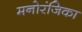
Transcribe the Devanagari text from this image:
मनोरंजिका